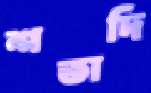
শতাদি